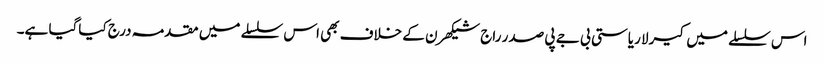
اس سلسلے میں کیرلا ریاستی بی جے پی صدر راج شیکھرن کے خلاف بھی اس سلسلے میں مقدمہ درج کیاگیا ہے۔